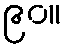
၉၀။